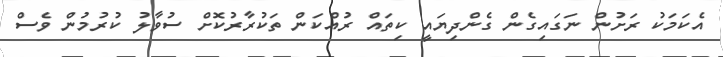
އެކަމަކު ރަށުން ނަގައިގެން ގެންދިޔައީ ކިތައް ރުއްކަން ތަކުރާރުކޮށް ސުވާލު ކުރުމުން ވެސް